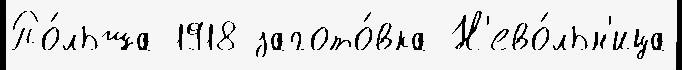
По́льша 1918 загото́вка Н'ево́льн'ица